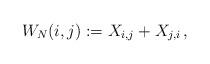
LaTeX: \begin{align*} W_N(i,j):= X_{i,j}+{X_{j,i}}\,,\end{align*}